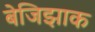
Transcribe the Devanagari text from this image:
बेजिझाक